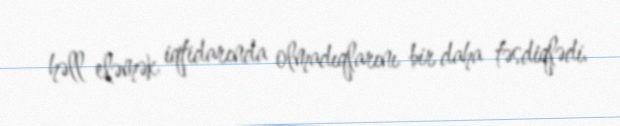
həll eləmək iqtidarında olmadıqlarını bir daha təsdiqlədi.